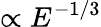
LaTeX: \propto E^{-1/3}